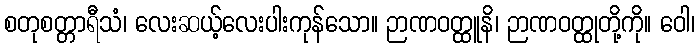
စတုစတ္တာရီသံ၊ လေးဆယ့်လေးပါးကုန်သော။ ဉာဏဝတ္ထူနိ၊ ဉာဏဝတ္ထုတို့ကို။ ဝေါ၊